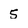
Character: 5